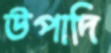
উপাদি